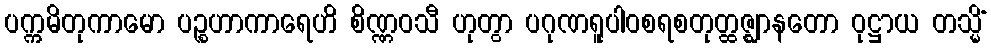
ပက္ကမိတုကာမော ပဉ္စဟာကာရေဟိ စိဏ္ဏဝသီ ဟုတွာ ပဂုဏရူပါဝစရစတုတ္ထဇ္ဈာနတော ဝုဋ္ဌာယ တသ္မိံ